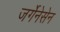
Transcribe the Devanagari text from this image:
जर्गेनेसेन